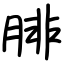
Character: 腓